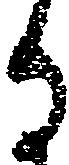
る